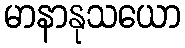
မာနာနုသယော